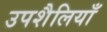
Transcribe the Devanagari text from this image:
उपशैलियाँ